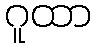
ဂူထာ